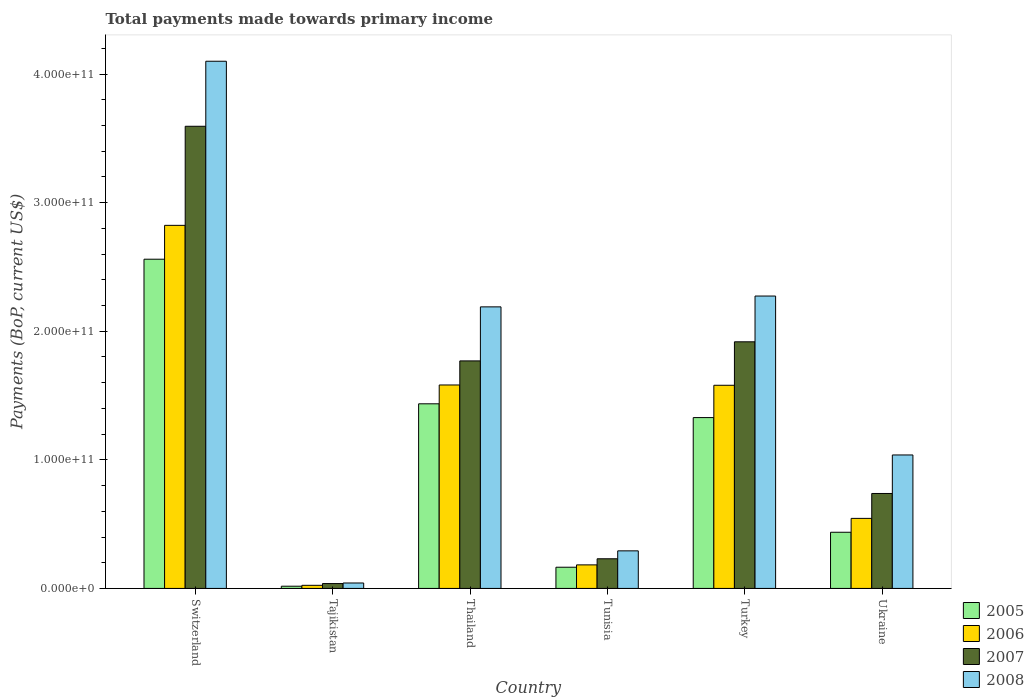
| Country | 2005 | 2006 | 2007 | 2008 |
 | --- | --- | --- | --- | --- |
 | Switzerland | 2.56e+11 | 2.82e+11 | 3.59e+11 | 4.1e+11 |
 | Tajikistan | 1.73e+09 | 2.43e+09 | 3.78e+09 | 4.23e+09 |
 | Thailand | 1.44e+11 | 1.58e+11 | 1.77e+11 | 2.19e+11 |
 | Tunisia | 1.65e+10 | 1.83e+10 | 2.31e+10 | 2.92e+10 |
 | Turkey | 1.33e+11 | 1.58e+11 | 1.92e+11 | 2.27e+11 |
 | Ukraine | 4.37e+10 | 5.45e+10 | 7.39e+10 | 1.04e+11 |